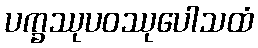
ပက္ခဿုပဝဿုပေါသထံ